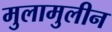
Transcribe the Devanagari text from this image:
मुलामुलीन